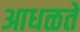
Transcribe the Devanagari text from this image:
आधळते